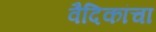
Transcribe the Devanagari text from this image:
वैदिकांचा